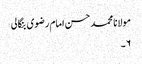
مولانا محمد حسن امام رضوی بنگالی
۶۔